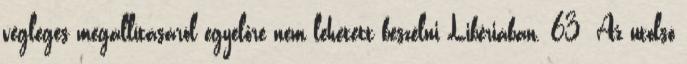
végleges megállításáról egyelőre nem lehetett beszélni Libériában. 63 Az utolsó